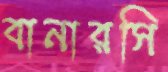
বানারসি